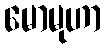
မောမုဟာ